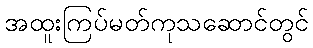
အထူးကြပ်မတ်ကုသဆောင်တွင်